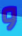
و